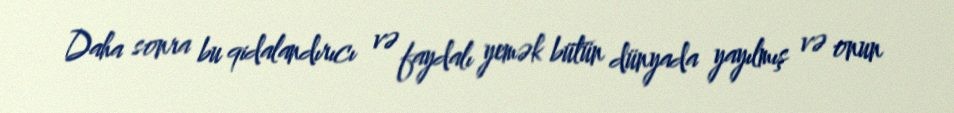
Daha sonra bu qidalandırıcı və faydalı yemək bütün dünyada yayılmış və onun